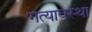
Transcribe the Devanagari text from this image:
गत्यावस्था